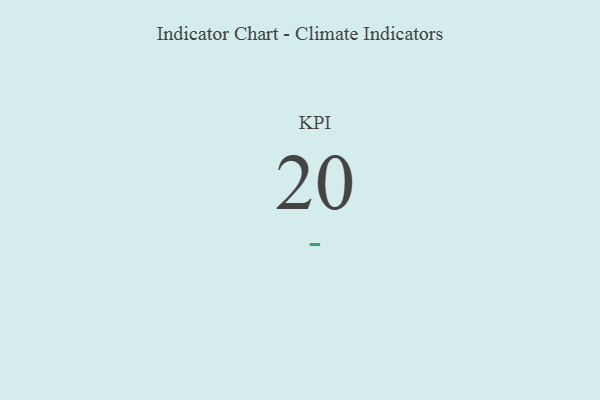
{"axis": {"x": "KPI", "y": "Value"}, "legend": [""], "data": [{"x": "KPI", "y": 20, "type": ""}]}